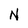
Character: N